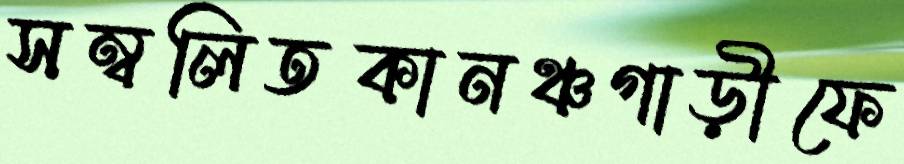
সম্বলিতকানঞ্চগাড়ীফে